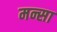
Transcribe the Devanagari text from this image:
मन्सा